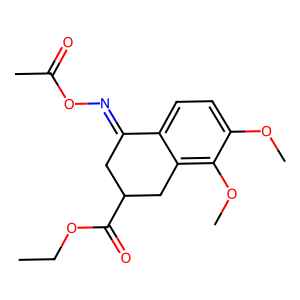
SMILES: CCOC(=O)C1CC(=NOC(C)=O)c2ccc(OC)c(OC)c2C1
Inhibits HIV replication: No